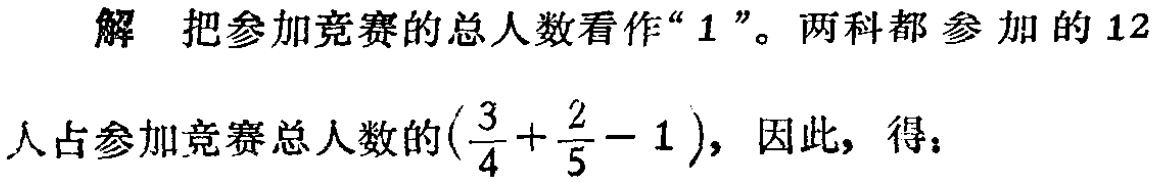
解 把参加竞赛的总人数看作“$1$”。两科都参加的$12$人占参加竞赛总人数的$(\frac{3}{4}+\frac{2}{5}-1)$，因此，得：